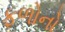
ફળોનો